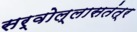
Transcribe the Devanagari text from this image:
सर्वोल्लासतंत्र